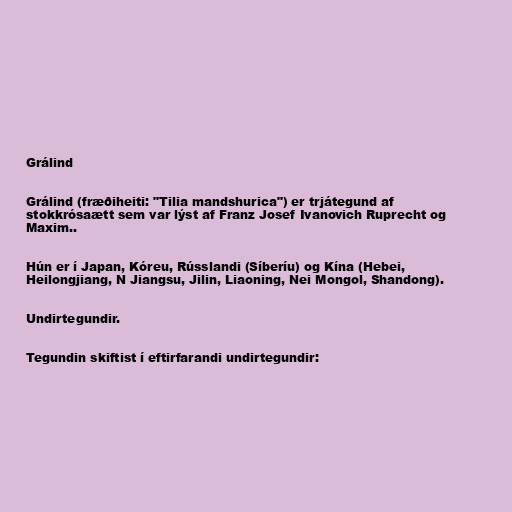
Grálind

Grálind (fræðiheiti: "Tilia mandshurica") er trjátegund af
stokkrósaætt sem var lýst af Franz Josef Ivanovich Ruprecht og
Maxim..

Hún er í Japan, Kóreu, Rússlandi (Síberíu) og Kína (Hebei,
Heilongjiang, N Jiangsu, Jilin, Liaoning, Nei Mongol, Shandong).

Undirtegundir.

Tegundin skiftist í eftirfarandi undirtegundir: